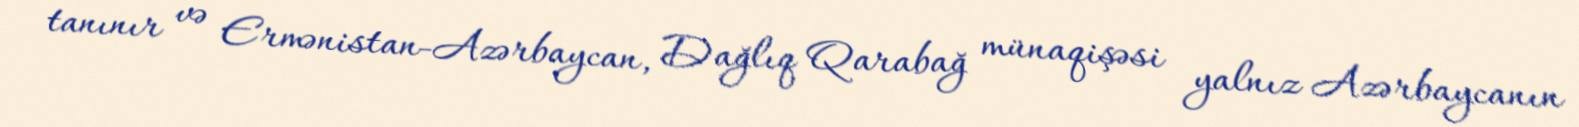
tanınır və Ermənistan-Azərbaycan, Dağlıq Qarabağ münaqişəsi yalnız Azərbaycanın